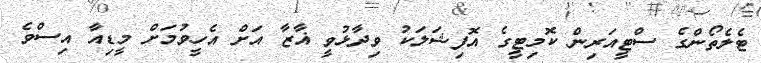
ޓެލެތޯންގެ ސްޓީއަރިން ކޮމިޓީގެ އޮފިޝަލަކު ވިދާޅުވީ ޣާޒާ އަށް އެހީވުމަށް މީޑިއާ އިސްވެ